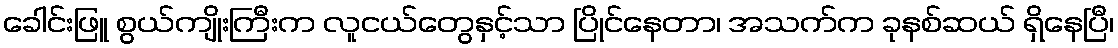
ခေါင်းဖြူ စွယ်ကျိုးကြီးက လူငယ်တွေနှင့်သာ ပြိုင်နေတာ၊ အသက်က ခုနစ်ဆယ် ရှိနေပြီ၊